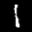
Label: 1